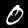
Label: 0